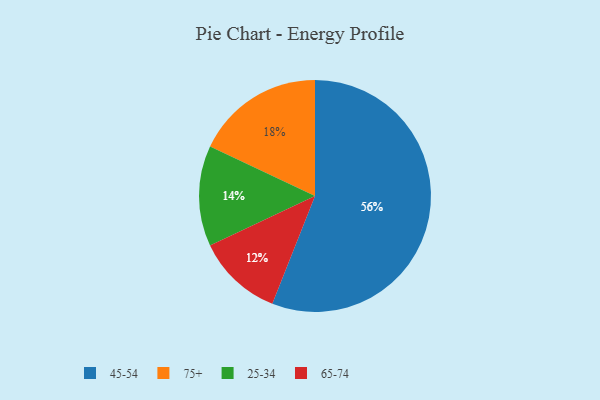
{"axis": {"x": "Category", "y": "Percentage"}, "legend": ["25-34", "45-54", "65-74", "75+"], "data": [{"x": "65-74", "y": 12, "type": "65-74"}, {"x": "25-34", "y": 14, "type": "25-34"}, {"x": "45-54", "y": 56, "type": "45-54"}, {"x": "75+", "y": 18, "type": "75+"}]}